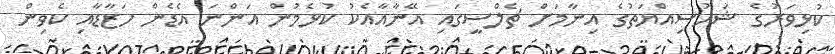
ކުޅިވަރުގެ ޝަހުސިއްޔަތުގެ އިނާމަށް ޗެލްސީގައި އޭނާއާއެކު ކުޅެމުން އަންނަ އެޑެން ހަޒާޑާއި ކެވިން